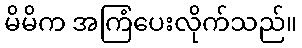
မိမိက အကြံပေးလိုက်သည်။